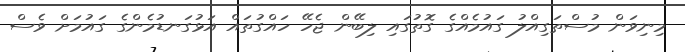
މިނިވަން މުސްތަގިއްލު ގައުމެއްގެ ގޮތުގައި ލިބޭން ޖެހޭ ހައްގުތައް އަޅުގަނޑުމެންގެ ގައުމަށް ވެސް